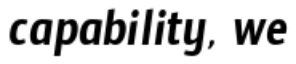
capability, we